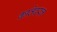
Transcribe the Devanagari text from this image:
कातेदरल